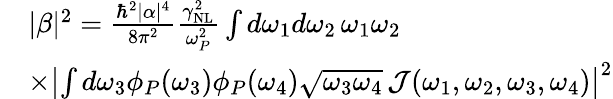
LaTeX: \begin{array}{rl}&{|\beta|^{2}=\frac{\hbar^{2}|\alpha|^{4}}{8\pi^{2}}\frac{\gamma_{\mathrm{NL}}^{2}}{\omega_{P}^{2}}\int d\omega_{1}d\omega_{2}\, \omega_{1}\omega_{2}}\\ &{\times\left|\int d\omega_{3}\phi_{P}(\omega_{3})\phi_{P}(\omega_{4})\sqrt{\omega_{3}\omega_{4}}\, \mathcal{J}(\omega_{1},\omega_{2},\omega_{3},\omega_{4})\right|^{2}}\end{array}